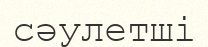
сәулетші